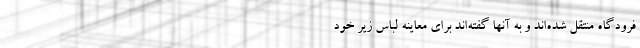
فرودگاه منتقل شده‌اند و به آنها گفته‌اند برای معاینه لباس زیر خود